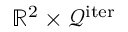
\mathbb { R } ^ { 2 } \times \mathcal { Q } ^ { \mathrm { i t e r } }